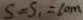
S = S _ { 1 } = 1 0 m